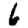
Digit: 6